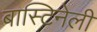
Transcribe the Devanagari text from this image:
बास्टिनेली